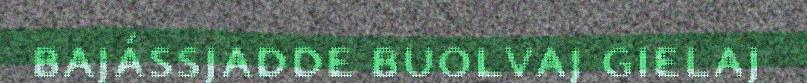
bajássjadde buolvaj gielaj